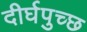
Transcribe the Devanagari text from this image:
दीर्घपुच्छ